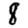
Digit: 8